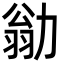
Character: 勜